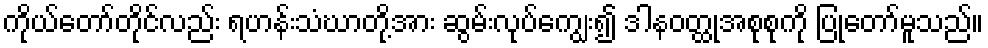
ကိုယ်တော်တိုင်လည်း ရဟန်းသံဃာတို့အား ဆွမ်းလုပ်ကျွေး၍ ဒါနဝတ္ထုအစုစုကို ပြုတော်မူသည်။